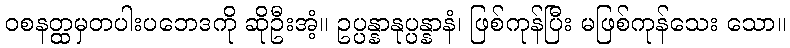
ဝစနတ္ထမှတပါးပဘေဒကို ဆိုဦးအံ့။ ဥပ္ပန္နာနုပ္ပန္နာနံ၊ ဖြစ်ကုန်ပြီး မဖြစ်ကုန်သေး သော။